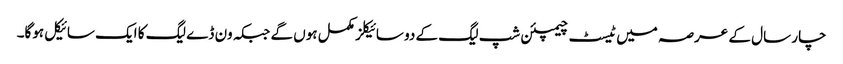
چار سال کے عرصہ میں ٹیسٹ چیمپئن شپ لیگ کے دو سائیکلز مکمل ہوں گے جبکہ ون ڈے لیگ کا ایک سائیکل ہوگا۔